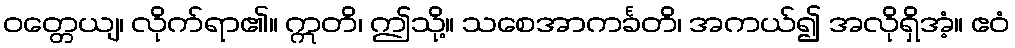
ဝတ္တေယျ၊ လိုက်ရာ၏။ ဣတိ၊ ဤသို့။ သစေအာကင်္ခတိ၊ အကယ်၍ အလိုရှိအံ့။ ဧဝံ